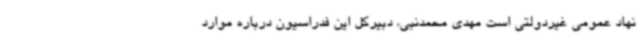
نهاد عمومی غیردولتی است مهدی محمدنبی، دبیرکل این فدراسیون درباره موارد